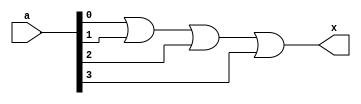
`timescale 1ns/1ns

module or_bit(a,x);

input [3:0] a;
output x;

assign x = ( a[0] | a [1] | a[2] | a[3]);

endmodule